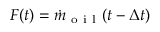
F ( t ) = \dot { m } _ { \mathrm { ~ o ~ i ~ l ~ } } ( t - \Delta t )